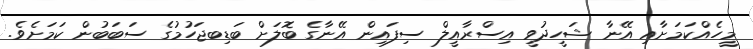
މީހެއްކަމަށާއި އޭނާ ޝަހީދުވީ އިސްރާއީލް ސިފައިން އޭނާގެ ބޮލަށް ބަޑިބޖަހުމުގެ ސަބަބުން ކަމަށެވެ.